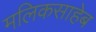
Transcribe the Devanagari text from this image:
मलिकसाहेब